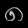
Digit: ၈